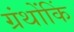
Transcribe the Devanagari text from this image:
ग्रंथोंकिं